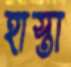
হাস্তা